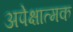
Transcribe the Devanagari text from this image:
अपेक्षात्मक